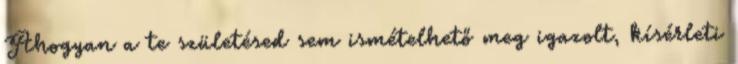
Ahogyan a te születésed sem ismételhető meg igazolt, kísérleti